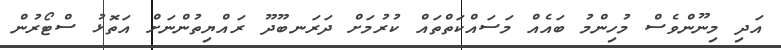
އަދި މިނޫންވެސް މުހިންމު ބައެއް މަސައްކަތްތައް ކުރުމަށް ދަރަނބޫދޫ ރައްޔިތުންނަށް އަތޮޅު ސްޓޯރުން